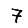
Digit: 7